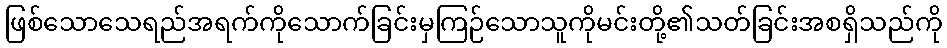
ဖြစ်သောသေရည်အရက်ကိုသောက်ခြင်းမှကြဉ်သောသူကိုမင်းတို့၏သတ်ခြင်းအစရှိသည်ကို